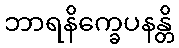
ဘာရနိက္ခေပနန္တိ